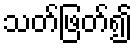
သတ်ဖြတ်၍